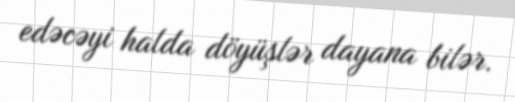
edəcəyi halda döyüşlər dayana bilər.